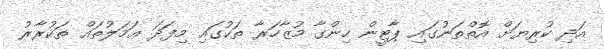
އަދި ކުރިޔަށް އޮތްތަނުގައި ޕާޓީން ހިންގާ މުޒާހަރާ ތަކުގައި މިފަދަ ޢަމަލުތައް ތަކުރާރު